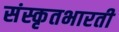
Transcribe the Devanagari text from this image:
संस्कृतभारती